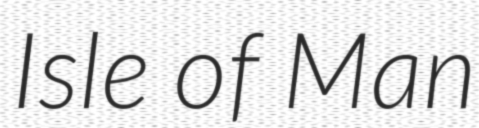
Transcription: Isle of Man